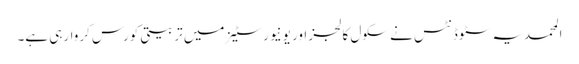
المحمدیہ سٹوڈنٹس نے سکول کالجز اور یونیورسٹیز میں تربیتی کورس کروارہی ہے۔